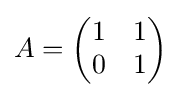
A={\begin{pmatrix}1&1\\0&1\end{pmatrix}}